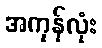
အကုန်လုံး